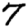
Digit: 7